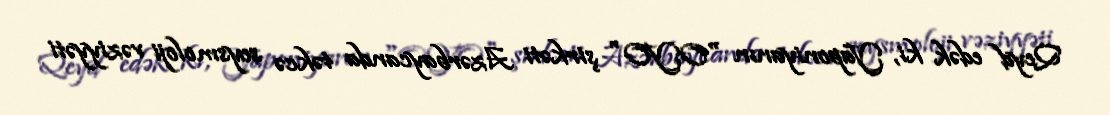
Qeyd edək ki, Yaponiyanın "OYO" şirkəti Azərbaycanda təkcə seysmoloji vəziyyəti